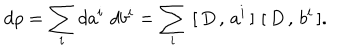
LaTeX: d \rho = \sum _ { i } d a ^ { i } \, \, d b ^ { i } = \sum _ { i } \, \, [ \, D \, , \, a ^ { i } \, ] \, \, [ \, D \, , \, b ^ { i } \, ] .